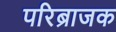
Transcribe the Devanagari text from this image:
परिब्राजक